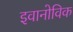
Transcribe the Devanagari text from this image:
इवानोविक